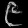
Digit: ၉